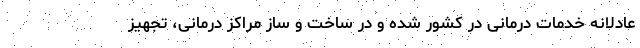
عادلانه خدمات درمانی در کشور شده و در ساخت و ساز مراکز درمانی، تجهیز